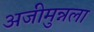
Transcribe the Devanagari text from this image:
अजीमुन्नला